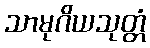
သာမုဂိယသုတ္တံ